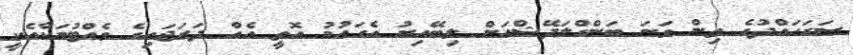
ސަރަހައްދުގެ ތިން ވަނަ ބަންގްލަދޭޝްއަށް ލިބޭއިރު އެގައުމު އޮތީ އެއް ދަރަޖައިގެ ވެއްޓުމަކާއެކީ